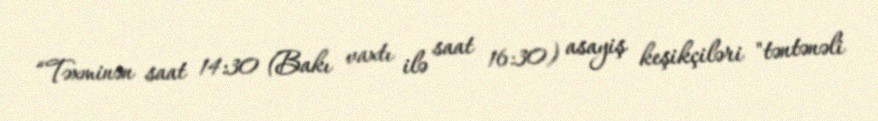
“Təxminən saat 14:30 (Bakı vaxtı ilə saat 16:30) asayiş keşikçiləri "təntənəli